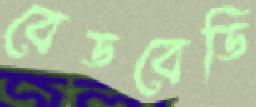
বেডবেডি